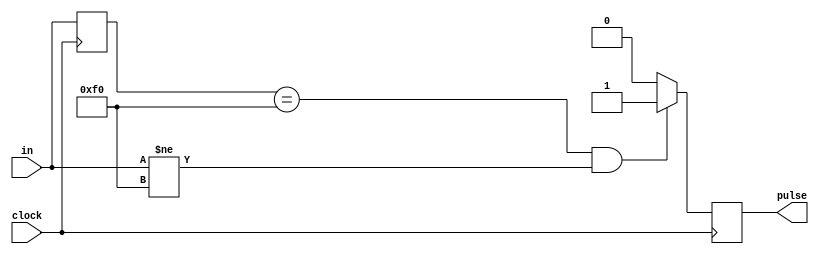
module PS2_pulse_output(clock, in, pulse); //Pulse is high to read char after key is released
	input clock;
	input [7:0] in;
	output pulse;

	reg[7:0] prev_in;

	always @(posedge clock) begin
		if(prev_in == 8'hF0 && in !=8'hF0) begin
			pulse = 1'b1;
		end else begin
			pulse = 1'b0;
		end
		prev_in = in;
	end


endmodule